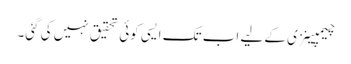
چیمپینزی کے لیے اب تک ایسی کوئی تحقیق نہیں کی گئی۔